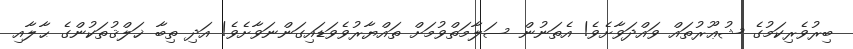
ބިރުވެރިކަމުގެ ޝުޢޫރުތައް ވައްދަވާށެވެ! އެތަނުން ސަލާމަތްވުމަށް ތައްޔާރުވެވަޑައިގަންނަވާށެވެ! އަދި ތިބާ ޚަލްޤުތަކުންގެ ޙާލާއި